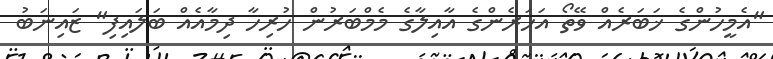
"އެމީހުންގެ ޚަބަރެއް ވޭތޯ އަހަރެންގެ އާއިލާގެ މެމްބަރުން ހުރިހާ ދިމާއެއް ބަލައިފި" ޒައިނަބު